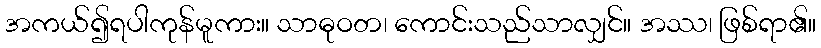
အကယ်၍ရပါကုန်မူကား။ သာဓုဝတ၊ ကောင်းသည်သာလျှင်။ အဿ၊ ဖြစ်ရာ၏။